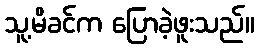
သူ့မိခင်က ပြောခဲ့ဖူးသည်။